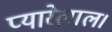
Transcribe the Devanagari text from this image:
प्यारेलाल।